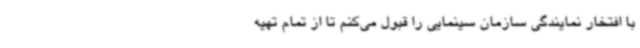
با افتخار نمایندگی سازمان سینمایی را قبول می‌کنم تا از تمام تهیه‌